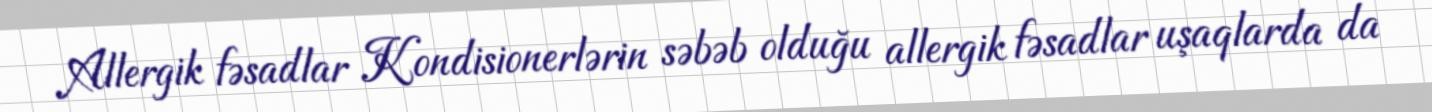
Allergik fəsadlar Kondisionerlərin səbəb olduğu allergik fəsadlar uşaqlarda da